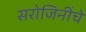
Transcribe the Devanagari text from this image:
सरोजिनींचे